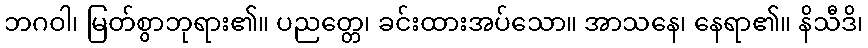
ဘဂဝါ၊ မြတ်စွာဘုရား၏။ ပညတ္တေ၊ ခင်းထားအပ်သော။ အာသနေ၊ နေရာ၏။ နိသီဒိ၊